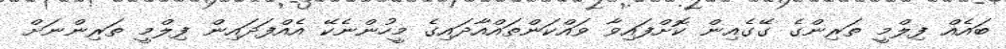
ބައެއް ފިލްމީ ތަރިންގެ ގޭގެއިން ކޮށްފައިވާ ވައްކަންތައްއާދައިގެ މީހުންނެކޭ އެއްފަދައިން ފިލްމީ ތަރިންނަށް